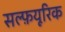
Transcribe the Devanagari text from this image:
सल्फ़यूरिक